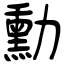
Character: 勳